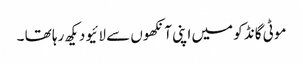
موٹی گانڈ کو میں اپنی آنکھوں سے لائیو دیکھ رہا تھا ۔